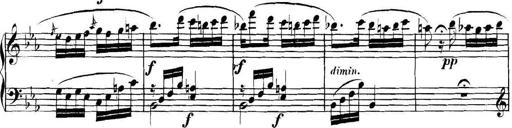
Title: Collected Piano Sonatas
Composer: Muzio Clementi